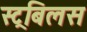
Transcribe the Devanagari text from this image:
स्ट्रबिलस